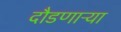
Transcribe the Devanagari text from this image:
दौडणाऱ्या